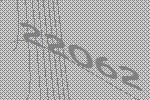
22062